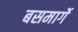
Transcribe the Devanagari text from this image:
बसमार्गे